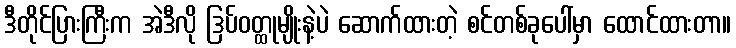
ဒီတိုင်ပြားကြီးက အဲဒီလို ဒြပ်ဝတ္ထုမျိုးနဲ့ပဲ ဆောက်ထားတဲ့ စင်တစ်ခုပေါ်မှာ ထောင်ထားတာ။